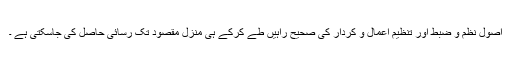
اصول نظم و ضبط اور تنظیم اعمال و کردار کی صحیح راہیں طے کرکے ہی منزل مقصود تک رسائی حاصل کی جاسکتی ہے ۔